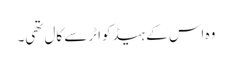
وہ اس کے ہیڈکواٹر سے کال تھی۔